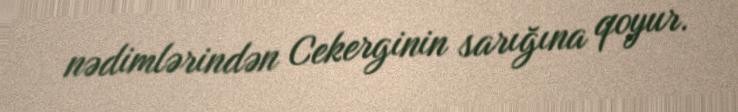
nədimlərindən Cekerginin sarığına qoyur.